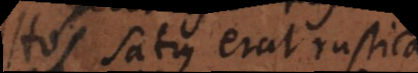
Hos satius erat rustica